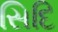
સિદિ